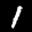
Label: 1